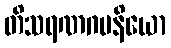
တိသရဏဂမနိယော